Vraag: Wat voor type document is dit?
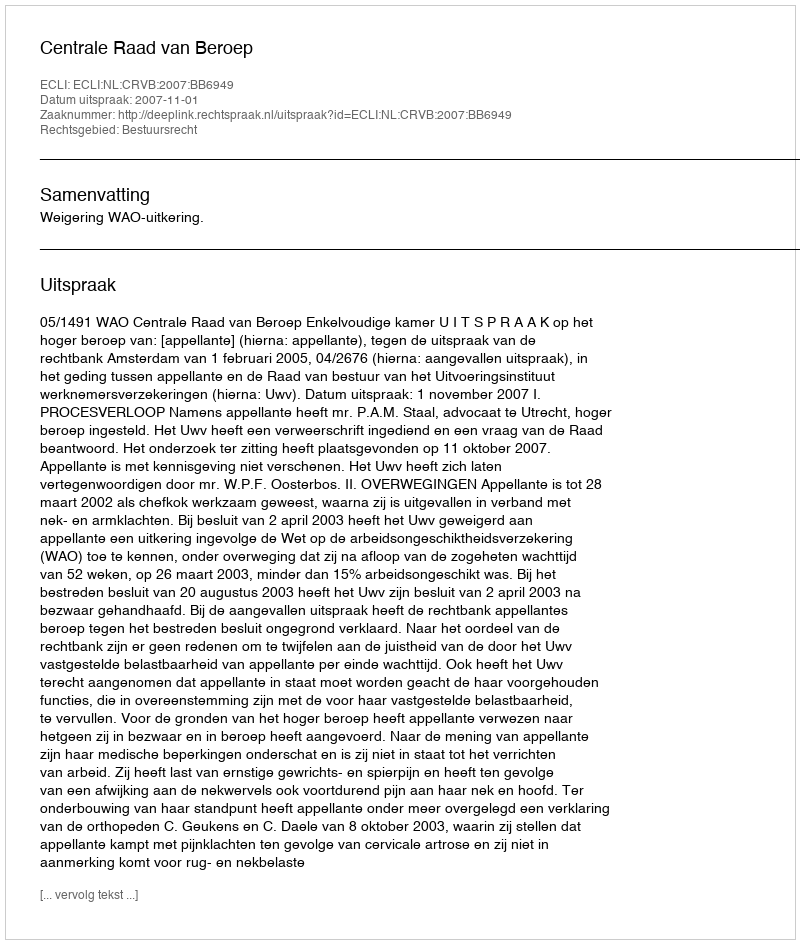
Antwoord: Uitspraak